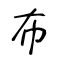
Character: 布